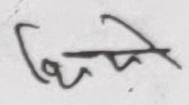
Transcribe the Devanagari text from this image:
धिने